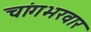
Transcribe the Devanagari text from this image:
चांगभरवार